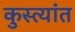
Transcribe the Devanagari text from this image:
कुस्त्यांत